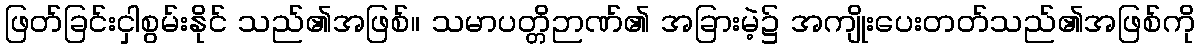
ဖြတ်ခြင်းငှါစွမ်းနိုင် သည်၏အဖြစ်။ သမာပတ္တိဉာဏ်၏ အခြားမဲ့၌ အကျိုးပေးတတ်သည်၏အဖြစ်ကို